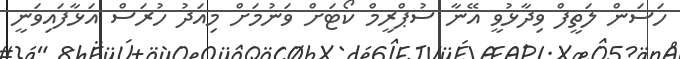
ހަސަން ލަތީފް ވިދާޅުވީ އޭނާ ސުޕްރީމް ކޯޓަށް ވަނުމަށް މިއަދު ހުރަސް އަޅާފައިވަނީ